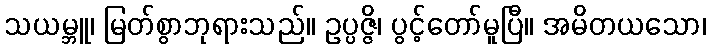
သယမ္ဘူ၊ မြတ်စွာဘုရားသည်။ ဥပ္ပဇ္ဇိ၊ ပွင့်တော်မူပြီ။ အမိတယသော၊